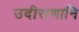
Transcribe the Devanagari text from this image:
उदीराणानि